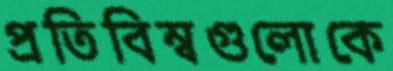
প্রতিবিম্বগুলোকে